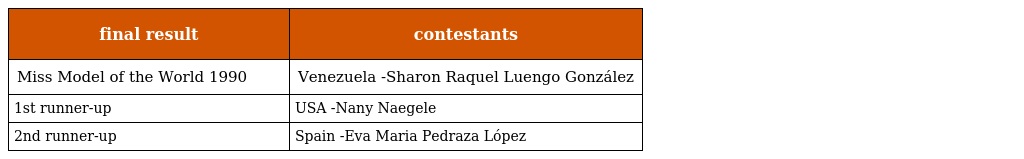
| final result | contestants |
 | --- | --- |
 | Miss Model of the World 1990 | Venezuela -Sharon Raquel Luengo González |
 | 1st runner-up | USA -Nany Naegele |
 | 2nd runner-up | Spain -Eva Maria Pedraza López |